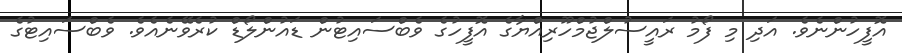
އޮފީހުންނެވެ. އަދި މި ފޯމު ރައީސުލްޖުމްހޫރިއްޔާގެ އޮފީހުގެ ވެބްސައިޓުން ޑައުންލޯޑް ކުރެވޭނެއެވެ. ވެބްސައިޓުގެ